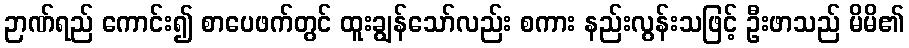
ဉာဏ်ရည် ကောင်း၍ စာပေဖက်တွင် ထူးချွန်သော်လည်း စကား နည်းလွန်းသဖြင့် ဦးဖာသည် မိမိ၏